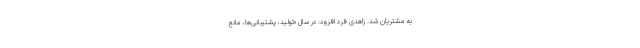
به مشتریان شد. زاهدی فرد افزود: در سال «تولید، پشتیبانی‌ها، مانع